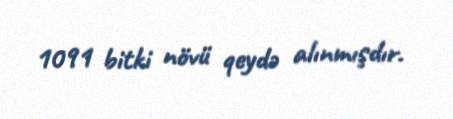
1091 bitki növü qeydə alınmışdır.